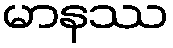
မာနဿ